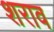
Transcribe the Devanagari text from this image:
शराव